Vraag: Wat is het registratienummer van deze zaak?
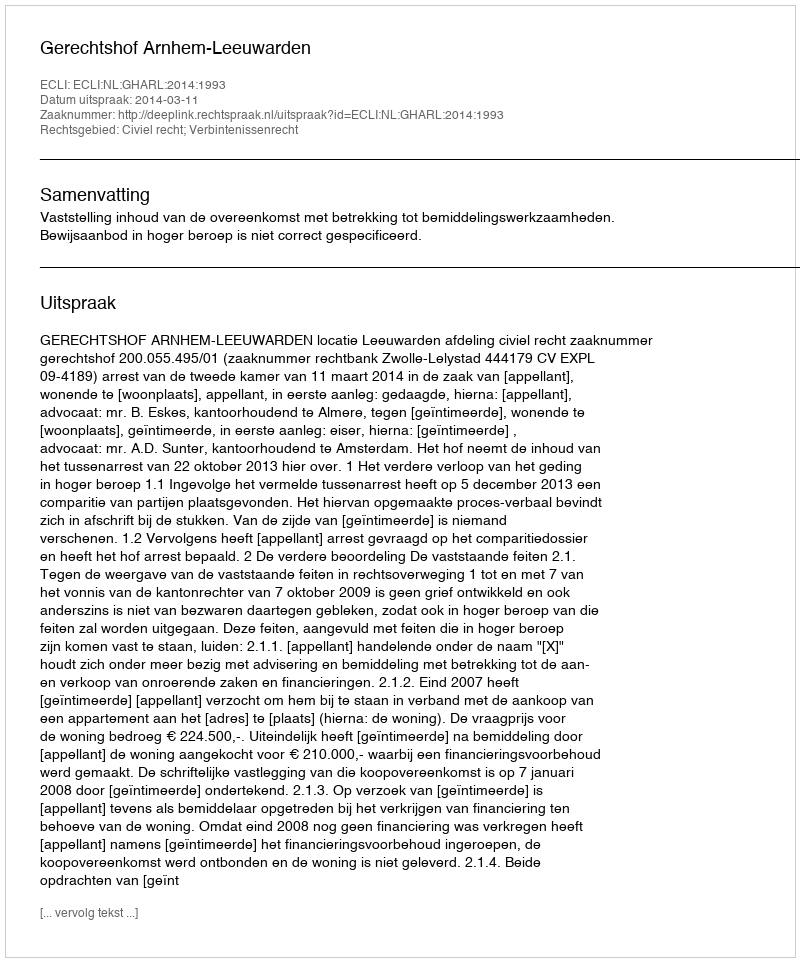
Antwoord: http://deeplink.rechtspraak.nl/uitspraak?id=ECLI:NL:GHARL:2014:1993